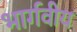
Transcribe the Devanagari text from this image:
भार्गवीय